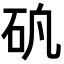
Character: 𥐲